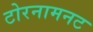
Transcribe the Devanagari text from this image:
टोरनामनट